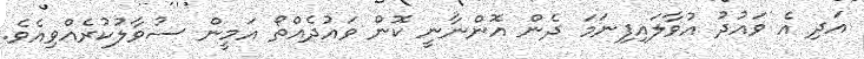
އަދި އެ ވައުދު އުވާލައިފިނަމަ ދެން އޮންނާނީ ކޮން ވައުދެއްތޯ އަމީން ސުވާލުކުރެއްވިއެވެ.